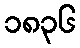
၁၈၃၆